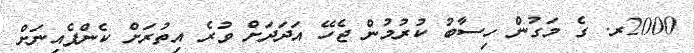
2000ރ. ގެ މަގުން ހިސާބު ކުރުމުން ޖެހޭ އަދަދަށް ވުރެ އިތުރަށް ކެންޕެއިނަށް